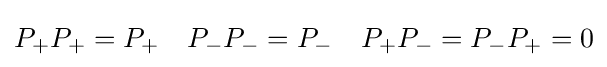
P_{+}P_{+}=P_{+}\quad P_{-}P_{-}=P_{-}\quad P_{+}P_{-}=P_{-}P_{+}=0